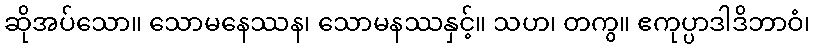
ဆိုအပ်သော။ သောမနေဿန၊ သောမနဿနှင့်။ သဟ၊ တကွ။ ဧကုပ္ပာဒါဒိဘာဝံ၊